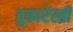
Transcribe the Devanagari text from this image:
बुकारेस्ती